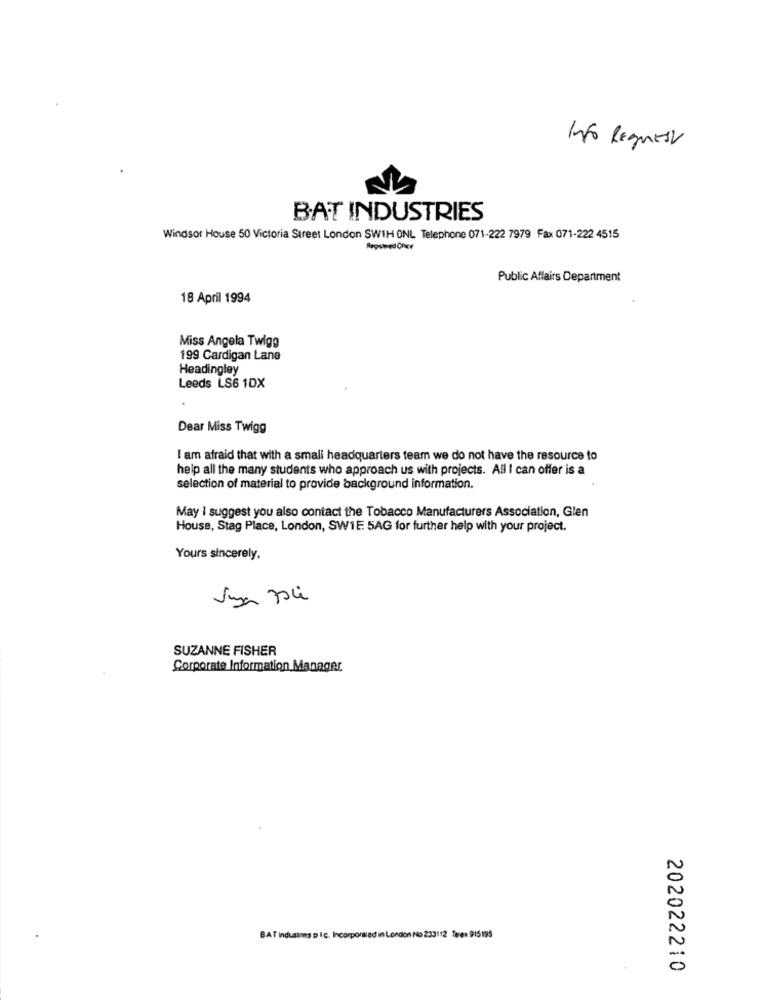
Into Request
BAT INDUSTRIES
Windsor House 50 Victoria Street London SWIH ONL Telephone 071-222 7979 Fax 071-222 4515
Public Affairs Department
18 April 1994
Miss Angela Twigg
199 Cardigan Lane
Headingley
Leeds LS6 1DX
Dear Miss Twigg
I am afraid that with a small headquarters team we do not have the resource to
help all the many students who approach us with projects. All I can offer is a
selection of material to provide background information.
May I suggest you also contact the Tobacco Manufacturers Association, Glen
House, Stag Place, London, SW1E 5AG for further help with your project.
Yours sincerely.
SUZANNE FISHER
Corporate Information Manager
BAT Indusins pic. Incorporaled in London No 233112 Terex 915195
202022210